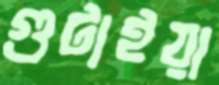
গুটাইয়া